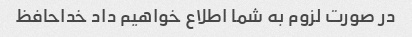
در صورت لزوم به شما اطلاع خواهیم داد خداحافظ